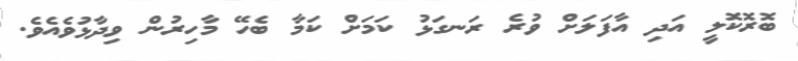
ބޮރޮކޮލީ އަދި އާފަލަށް ވުރެ ރަނގަޅު ކަމަށް ކަމާ ބެހޭ މާހިރުން ވިދާޅުވެއެވެ.